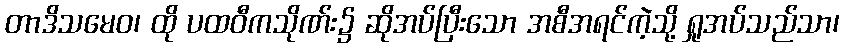
တာဒိသမေဝ၊ ထို ပထဝီကသိုဏ်း၌ ဆိုအပ်ပြီးသော အစီအရင်ကဲ့သို့ ရှုအပ်သည်သာ၊